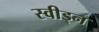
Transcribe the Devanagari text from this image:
स्वीड्न